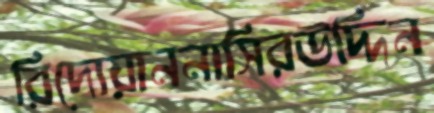
রিদোয়াননাসিরউদ্দিন